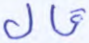
قال